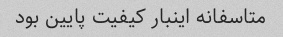
متاسفانه اینبار کیفیت پایین بود